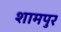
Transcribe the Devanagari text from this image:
शामपुर